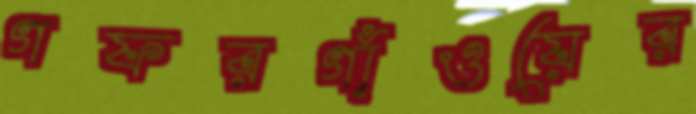
গফরগাঁওয়ের